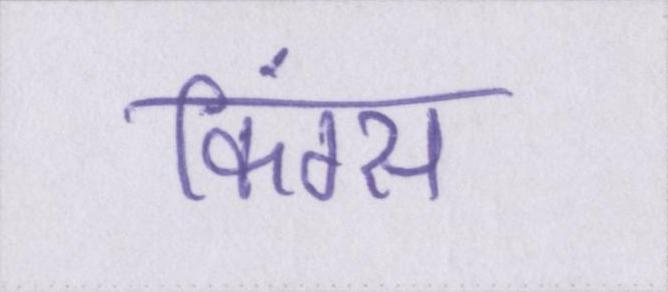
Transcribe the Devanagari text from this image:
किंग्स